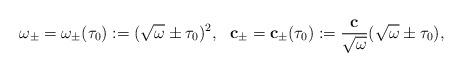
LaTeX: \begin{align*}\omega_{\pm}=\omega_{\pm}(\tau_0):=(\sqrt{\omega}\pm \tau_0)^2,\ \ \mathbf{c}_{\pm}=\mathbf{c}_{\pm}(\tau_0):=\frac{\mathbf{c}}{\sqrt{\omega}}(\sqrt{\omega} \pm \tau_0),\end{align*}